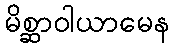
မိစ္ဆာဝါယာမေန